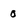
Character: 0